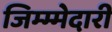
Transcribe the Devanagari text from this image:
जिम्म्मेदारी